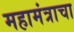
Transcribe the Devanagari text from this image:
महामंत्राचा